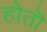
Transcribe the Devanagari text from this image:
होतॊ